Problem: 2 × 7 = ?
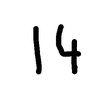
Handwritten answer: 14